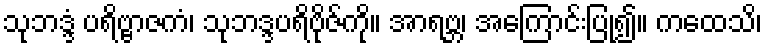
သုဘဒ္ဒံ ပရိဗ္ဗာဇကံ၊ သုဘဒ္ဒပရိဗိုဇ်ကို။ အာရဗ္ဘ၊ အကြောင်းပြု၍။ ကထေသိ၊